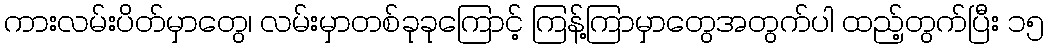
ကားလမ်းပိတ်မှာတွေ၊ လမ်းမှာတစ်ခုခုကြောင့် ကြန့်ကြာမှာတွေအတွက်ပါ ထည့်တွက်ပြီး ၁၅